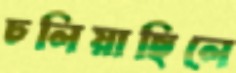
ঢলিয়াছিলে